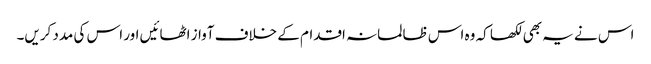
اس نے یہ بھی لکھا کہ وہ اس ظالمانہ اقدام کے خلاف آواز اٹھائیں اور اس کی مدد کریں۔